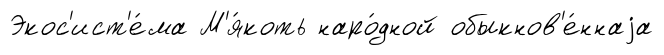
Экос'ист'е́ма М'я́коть наро́дной обыкнов'е́ннаjа